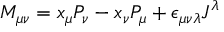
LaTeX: M _ { \mu \nu } = x _ { \mu } P _ { \nu } - x _ { \nu } P _ { \mu } + \epsilon _ { \mu \nu \lambda } J ^ { \lambda }